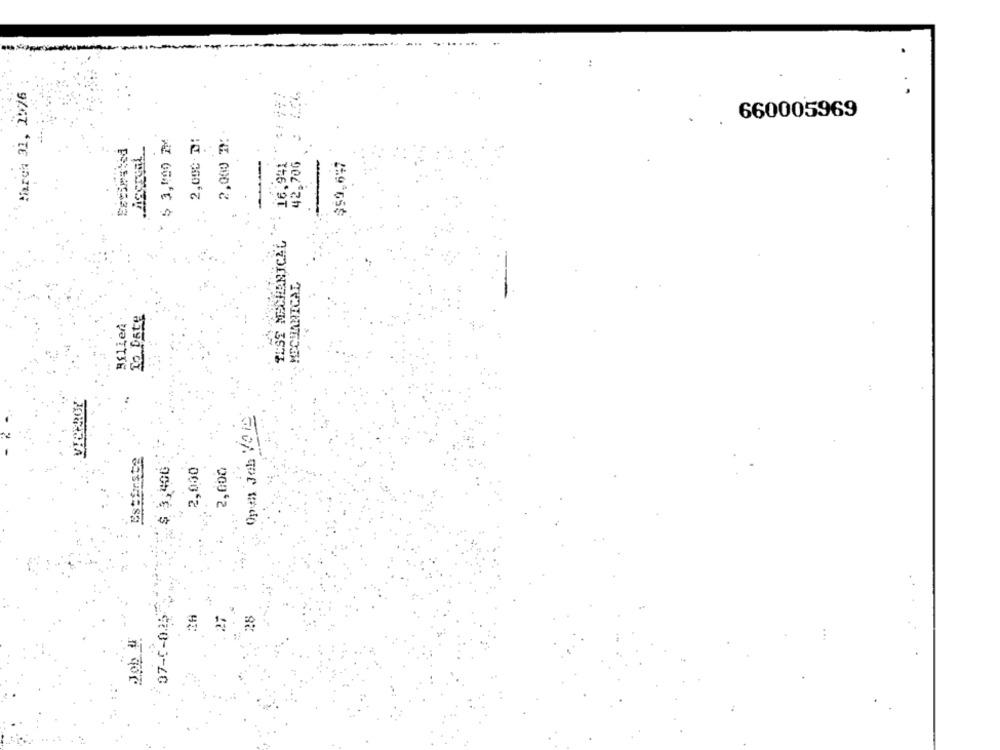
**
. .
March 31, 1976
2,000 M: +
660005969
2,000 MM
$ 3,500 1M
16,941
42.706
$59,647
TEST MENIBNICAL
MECHANICAL
To Date
Bílień
VICEROY
Esterste
$ 3,400
2,000
2,000
..
07-0-025